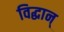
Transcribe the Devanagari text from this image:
विद्धान्‌